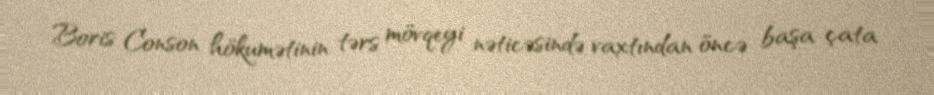
Boris Conson hökumətinin tərs mövqeyi nəticəsində vaxtından öncə başa çata